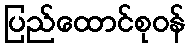
ပြည်ထောင်စုဝန်